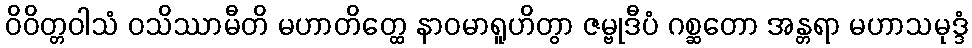
ဝိဝိတ္တဝါသံ ဝသိဿာမီတိ မဟာတိတ္ထေ နာဝမာရူဟိတွာ ဇမ္ဗုဒီပံ ဂစ္ဆတော အန္တရာ မဟာသမုဒ္ဒံ